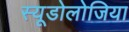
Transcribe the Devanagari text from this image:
स्यूडोलोजिया